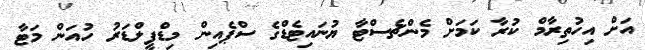
އަށް އިހުތިރާމް ކުރާ ކަމަށް މެންޗެސްޓާ ޔުނައިޓެޑްގެ ސްޕެއިން މިޑްފީލްޑަރު ހުއަން މަޓާ